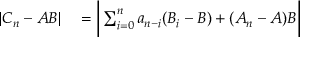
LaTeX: \begin{array} { r l } { | C _ { n } - A B | } & { { } = { \biggl | } \sum _ { i = 0 } ^ { n } a _ { n - i } ( B _ { i } - B ) + ( A _ { n } - A ) B { \biggr | } } \end{array}